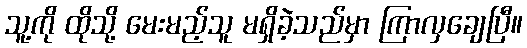
သူ့ကို ထိုသို့ မေးမည့်သူ မရှိခဲ့သည်မှာ ကြာလှချေပြီ။